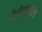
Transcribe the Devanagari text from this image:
कैलीसीवीरिडे